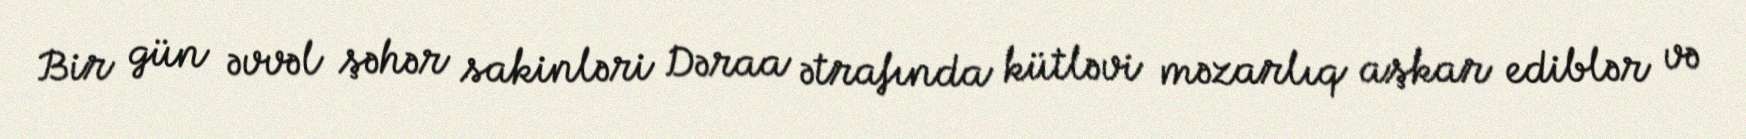
Bir gün əvvəl şəhər sakinləri Dəraa ətrafında kütləvi məzarlıq aşkar ediblər və